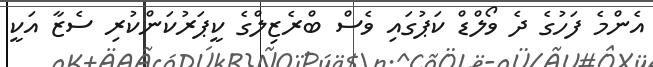
އެންމެ ފަހުގެ ދެ ވޯލްޑް ކަޕުގައި ވެސް ބްރެޒިލްގެ ކީޕަރުކަންކުރި ސެޒާ އަކީ